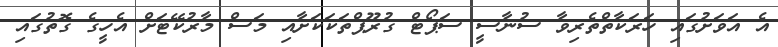
އެ އަވަށުގައި ހަރަކާތްތެރިވާ ސުނާސީ ސަޕޯޓް ގުރޫޕްތަކަކަށާއި މަސް މާރުކޭޓަށް އެހީގެ ގޮތުގައި